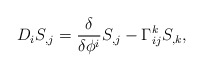
\begin{align*}D_i S_{,j} = {\delta\over\delta\phi^i}S_{,j}-\Gamma^k_{ij}S_{,k},\end{align*}